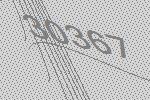
30367